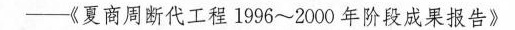
—《夏商周断代工程1996~2000年阶段成果报告》